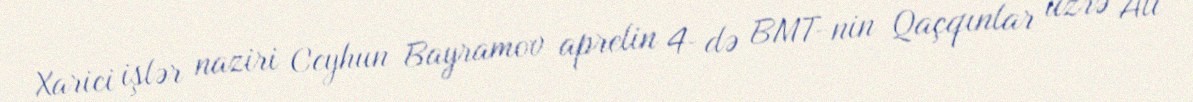
Xarici işlər naziri Ceyhun Bayramov aprelin 4-də BMT-nin Qaçqınlar üzrə Ali